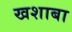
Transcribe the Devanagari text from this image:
खशाबा